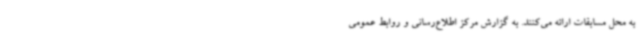
به محل مسابقات ارائه می‌کنند. به گزارش مرکز اطلاع‌رسانی و روابط عمومی